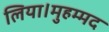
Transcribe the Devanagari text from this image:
लिया।मुहम्मद